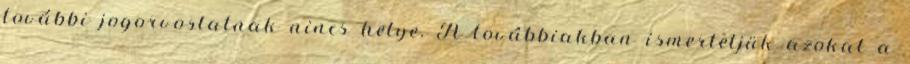
további jogorvoslatnak nincs helye. A továbbiakban ismertetjük azokat a